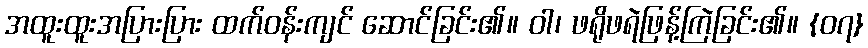
အထူးထူးအပြားပြား ထက်ဝန်းကျင် ဆောင်ခြင်း၏။ ဝါ၊ ဖရိုဖရဲဖြန့်ကြဲခြင်း၏။ {၀၇}